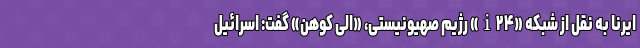
ایرنا به نقل از شبکه «i۲۴» رژیم صهیونیستی، «الی کوهن» گفت: اسرائیل